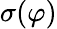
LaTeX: \sigma(\varphi)